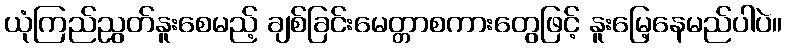
ယုံကြည်ညွတ်နူးစေမည့် ချစ်ခြင်းမေတ္တာစကားတွေဖြင့် နူးမြေ့နေမည်ပါပဲ။